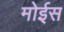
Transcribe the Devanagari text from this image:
मोईस